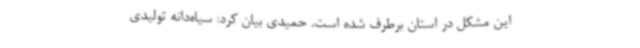
این مشکل در استان برطرف شده است. حمیدی بیان کرد: سیاه‌دانه تولیدی